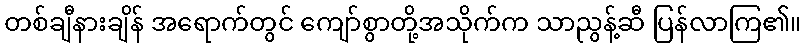
တစ်ချီနားချိန် အရောက်တွင် ကျော်စွာတို့အသိုက်က သာညွန့်ဆီ ပြန်လာကြ၏။